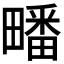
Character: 𭻱